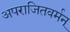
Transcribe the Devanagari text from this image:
अपराजितवर्मन्